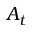
A _ { t }